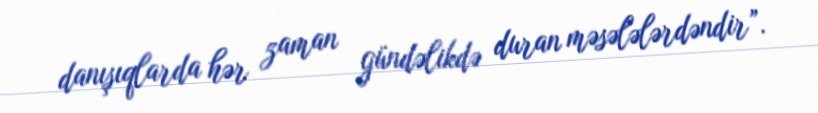
danışıqlarda hər zaman gündəlikdə duran məsələlərdəndir”.